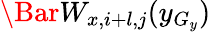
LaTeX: \Bar W_{x,i+l,j}(y_{G_{y}})